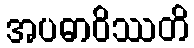
အပဓာဝိဿတိ